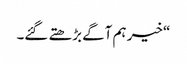
“ خیر ہم آگے بڑھتے گئے۔